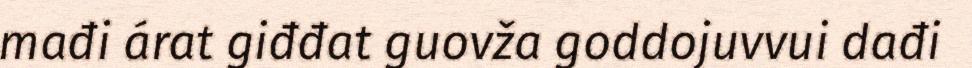
mađi árat giđđat guovža goddojuvvui dađi